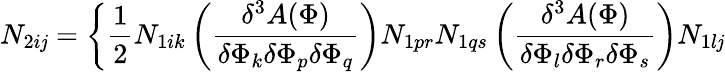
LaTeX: N_{2i\mathit{j}}=\bigg\{ \frac{{1}}{{2}}N_{1ik}\left(\frac{{\delta^{3}A(\Phi)}}{{\delta\Phi_{k}\delta\Phi_{p}\delta\Phi_{q}}}\right)N_{1pr}N_{1qs}\left(\frac{{\delta^{3}A(\Phi)}}{{\delta\Phi_{l}\delta\Phi_{r}\delta\Phi_{s}}}\right)N_{1l\mathit{j}}